Annual administration report of the Civil Veterinary Department, Sind - 1941-1942
Year: 1941
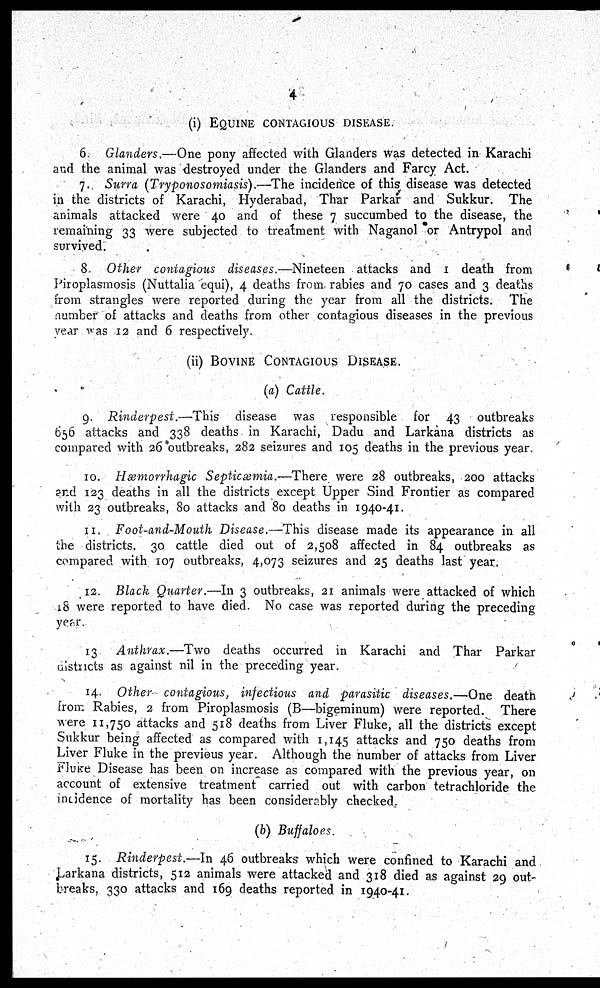
4
(i) EQUINE CONTAGIOUS DISEASE.
6. Glanders.—One pony affected with Glanders was detected in Karachi
and the animal was destroyed under the Glanders and Farcy Act.
7. Surra (Trypanosomiasis).—The incidence of this disease was detected
in the districts of Karachi, Hyderabad, Thar Parkar and Sukkur. The
animals attacked were 40 and of these 7 succumbed to the disease, the
remaining 33 were subjected to treatment with Naganol or Antrypol and
survived.
8. Other contagious diseases.—Nineteen attacks and 1 death from
Piroplasmosis (Nuttalia equi), 4 deaths from rabies and 70 cases and 3 deaths
from strangles were reported during the year from all the districts. The
number of attacks and deaths from other contagious diseases in the previous
year was 12 and 6 respectively.
(ii) BOVINE CONTAGIOUS DISIEASES.
(a) Cattle.
9. Rinderpest.—This
disease was responsible for 43 outbreaks
656 attacks and 338 deaths in Karachi, Dadu and Larkana districts as
compared with 26 outbreaks, 282 seizures and 105 deaths in the previous year.
10. Hæmorrhagic Septicæmia.—There were 28 outbreaks, 200 attacks
and 123 deaths in all the districts except Upper Sind Frontier as compared
with 23 outbreaks, 80 attacks and 80 deaths in 1940-41.
11. Foot-and-Mouth Disease.—This disease made its appearance in all
the districts. 30 cattle died out of 2,508 affected in 84 outbreaks as
compared with 107 outbreaks, 4,073 seizures and 25 deaths last year.
12. Black Quarter.—In 3 outbreaks, 21 animals were attacked of which
18 were reported to have died. No case was reported during the preceding
year.
13 Anthrax.—Two deaths occurred in Karachi and Thar Parkar
districts as against nil in the preceding year.
14. Other contagious, infectious and parasitic diseases.—One death
from Rabies, 2 from Piroplasmosis (B—bigeminum) were reported. There
were 11,750 attacks and 518 deaths from Liver Fluke, all the districts except
Sukkur being affected as compared with 1,145 attacks and 750 deaths from
Liver Fluke in the previous year. Although the number of attacks from Liver
Fluke Disease has been on increase as compared with the previous year, on
account of extensive treatment carried out with carbon tetrachloride the
incidence of mortality has been considerably checked.
(b) Buffaloes.
15. Rinderpest.—In 46 outbreaks which were confined to Karachi and
Larkana districts, 512 animals were attacked and 318 died as against 29 out-
breaks, 330 attacks and 169 deaths reported in 1940-41.